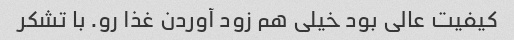
کیفیت عالی بود خیلی هم زود آوردن غذا رو. با تشکر